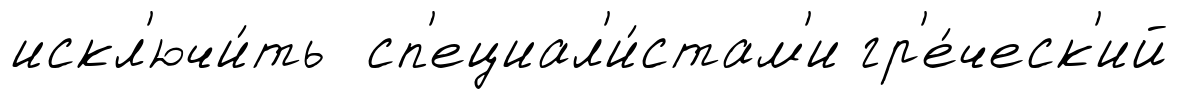
искл'ючи́ть сп'ециал'и́стам'и гр'е́ческ'ий